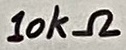
Text: 10kΩ